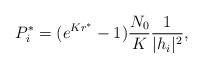
LaTeX: \begin{align*}P_i^*=(e^{Kr^*}-1)\frac{N_0}{K}\frac{1}{|h_i|^2},\end{align*}